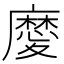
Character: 𢋤